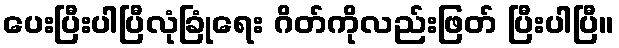
ပေးပြီးပါပြီလုံခြုံရေး ဂိတ်ကိုလည်းဖြတ် ပြီးပါပြီ။